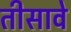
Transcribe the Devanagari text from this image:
तीसावे